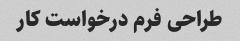
طراحی فرم درخواست کار